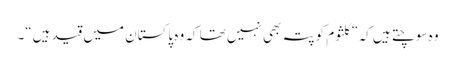
وہ سوچتے ہیں کہ ”کلثوم کو پتہ بھی نہیں تھا کہ وہ پاکستان میں قید ہیں“۔